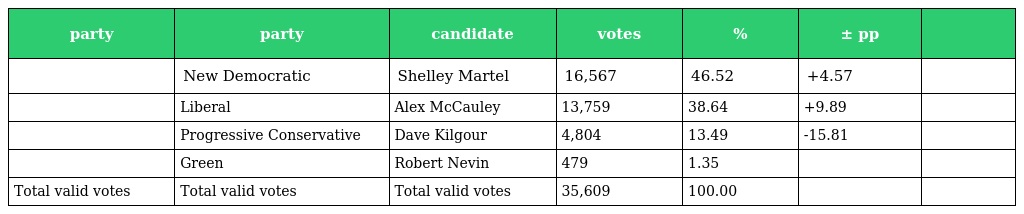
| party | party | candidate | votes | % | ± pp |  |
 | --- | --- | --- | --- | --- | --- | --- |
 |  | New Democratic | Shelley Martel | 16,567 | 46.52 | +4.57 |  |
 |  | Liberal | Alex McCauley | 13,759 | 38.64 | +9.89 |  |
 |  | Progressive Conservative | Dave Kilgour | 4,804 | 13.49 | -15.81 |  |
 |  | Green | Robert Nevin | 479 | 1.35 |  |  |
 | Total valid votes | Total valid votes | Total valid votes | 35,609 | 100.00 |  |  |